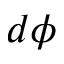
d \phi